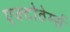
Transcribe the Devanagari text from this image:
एक्टोठेर्म्स